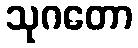
သုဂတော